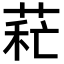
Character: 𦱐